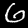
Label: 6